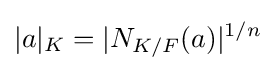
|a|_{K}=|N_{K/F}(a)|^{1/n}